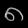
Digit: ၈